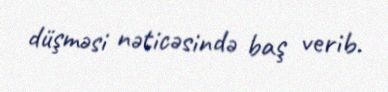
düşməsi nəticəsində baş verib.